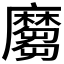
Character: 𪎪